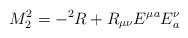
LaTeX: \begin{align*}M^{2}_{2} = - {}^{2}R + R_{\mu\nu}E^{\mu a}E^{\nu}_{a}\end{align*}